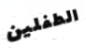
الطفلين